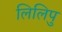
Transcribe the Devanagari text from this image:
लिलिपु